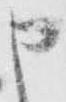
申